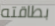
بطاقته